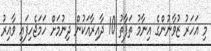
މި އަހަރު ޒުވާނުންގެ އިނާމު ތަފާތު 10 ދާއިރާއަކުން ދިނުމަށް ހަމަޖެހިފައި ވާއިރު